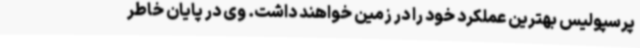
پرسپولیس بهترین عملکرد خود را در زمین خواهند داشت. وی در پایان خاطر